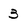
Character: 3